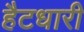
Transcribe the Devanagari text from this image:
हैटधारी